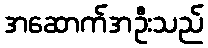
အဆောက်အဦးသည်